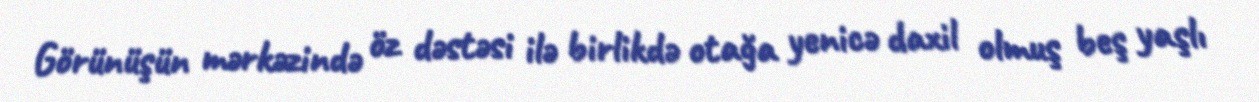
Görünüşün mərkəzində öz dəstəsi ilə birlikdə otağa yenicə daxil olmuş beş yaşlı